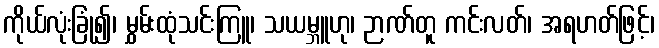
ကိုယ်လုံးခြုံ၍၊ မွှမ်းထုံသင်းကြူ၊ သယမ္ဘူဟု၊ ဉာဏ်တူ ကင်းလတ်၊ အရဟတ်ဖြင့်၊